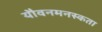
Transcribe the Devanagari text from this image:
यौवनमनस्कता